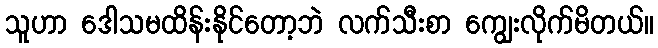
သူဟာ ဒေါသမထိန်းနိုင်တော့ဘဲ လက်သီးစာ ကျွေးလိုက်မိတယ်။